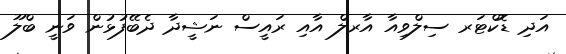
އަދި ޑޮކްޓަރ ސިލްވިއާ އާރލް އާއި ރައީސް ނަޝީދާ ދެބޭފުޅުން ވަނީ ބްލޫ